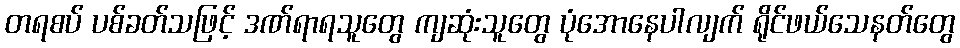
တရစပ် ပစ်ခတ်သဖြင့် ဒဏ်ရာရသူတွေ ကျဆုံးသူတွေ ပုံအောနေပါလျက် ရိုင်ဖယ်သေနတ်တွေ